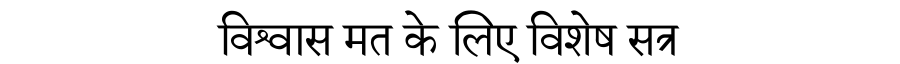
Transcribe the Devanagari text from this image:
विश्वास मत के लिए विशेष सत्र